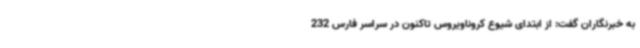
به خبرنگاران گفت: از ابتدای شیوع کروناویروس تاکنون در سراسر فارس 232